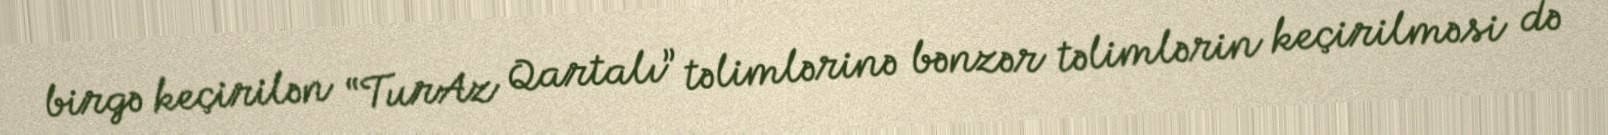
birgə keçirilən “TurAz Qartalı” təlimlərinə bənzər təlimlərin keçirilməsi də